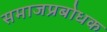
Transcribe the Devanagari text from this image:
समाजप्रबोधक